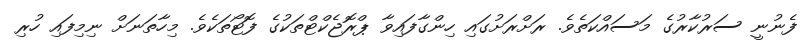
ފެނުނީ ސަރުކާރުގެ މަސައްކަތެވެ. ރަށްރަށުގައި ހިންގާފައިވާ ޕްރޮޖެކްޓްތަކުގެ ފޮޓޯތަކެެވެ. މިހާތަނަށް ނިމިފައި ހުރި